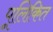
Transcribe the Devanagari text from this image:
पूलिकित